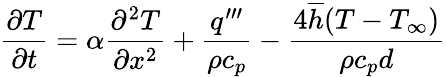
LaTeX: \frac{\partial T}{\partial t}=\alpha\frac{\partial^{2}T}{\partial x^{2}}+\frac{q^{\prime\prime\prime}}{\rho c_{p}}-\frac{4\overline{{h}}(T-T_{\infty})}{\rho c_{p}d}